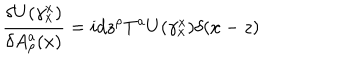
\frac { \delta U ( \gamma _ { x } ^ { x } ) } { \delta A _ { \rho } ^ { a } ( x ) } = i d z ^ { \rho } T ^ { a } U ( \gamma _ { x } ^ { x } ) \delta ( x - z )